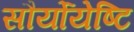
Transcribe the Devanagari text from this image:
सौर्योयेष्टि